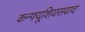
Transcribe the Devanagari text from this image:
कन्फ़्यूशियसवाद